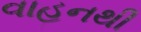
વાહનથી